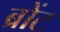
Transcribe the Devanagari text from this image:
ब्रोंट